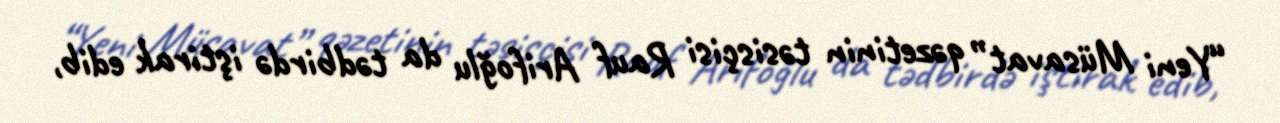
“Yeni Müsavat” qəzetinin təsisçisi Rauf Arifoğlu da tədbirdə iştirak edib,